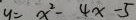
y = x ^ { 2 } - 4 x - 5